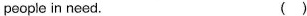
people in need. ()